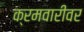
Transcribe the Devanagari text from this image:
क्रमवारीवर